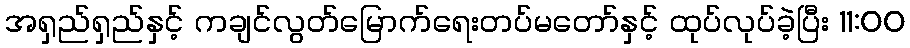
အရှည်ရှည်နှင့် ကချင်လွတ်မြောက်ရေးတပ်မတော်နှင့် ထုပ်လုပ်ခဲ့ပြီး 11:00